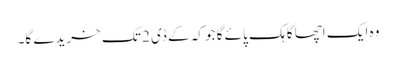
وہ ایک اچھا گاہک پائے گا جو کہ کے ڈی 2 تک خریدے گا۔